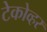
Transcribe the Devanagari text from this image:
टेकोव्हर